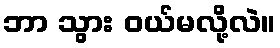
ဘာ သွား ဝယ်မလို့လဲ။